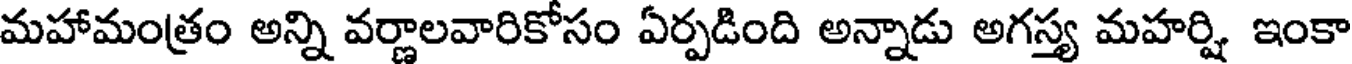
మహామంత్రం అన్ని వర్ణాలవారికోసం ఏర్పడింది అన్నాడు అగస్త్య మహర్షి ఇంకా